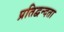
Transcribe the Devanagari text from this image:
प्रतिद्वन्दता